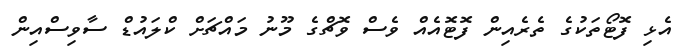
އެޅި ފޮޓޯތަކުގެ ތެރެއިން ފޮޓޮއެއް ވެސް ވޮޗްގެ މޫނު މައްޗަށް ކްލައުޑް ސާވިސްއިން